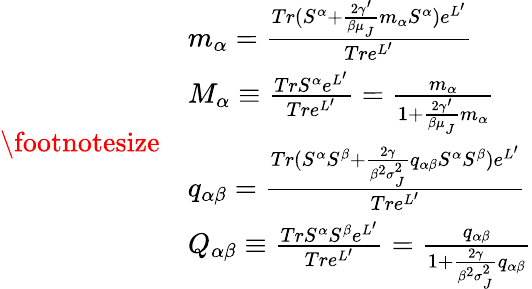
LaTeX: {\footnotesize\begin{array}{rl}&{m_{\alpha}=\frac{Tr(S^{\alpha}+\frac{2\gamma^{\prime}}{\beta\mu_{_{J}}}m_{\alpha}S^{\alpha})e^{L^{\prime}}}{Tre^{L^{\prime}}}}\\ &{M_{\alpha}\equiv\frac{TrS^{\alpha}e^{L^{\prime}}}{Tre^{L^{\prime}}}=\frac{m_{\alpha}}{1+\frac{2\gamma^{\prime}}{\beta\mu_{_{J}}}m_{\alpha}}}\\ &{q_{\alpha\beta}=\frac{Tr(S^{\alpha}S^{\beta}+\frac{2\gamma}{\beta^{2}\sigma_{_{J}}^{2}}q_{\alpha\beta}S^{\alpha}S^{\beta})e^{L^{\prime}}}{Tre^{L^{\prime}}}}\\ &{Q_{\alpha\beta}\equiv\frac{TrS^{\alpha}S^{\beta}e^{L^{\prime}}}{Tre^{L^{\prime}}}=\frac{q_{\alpha\beta}}{1+\frac{2\gamma}{\beta^{2}\sigma_{_{J}}^{2}}q_{\alpha\beta}}}\end{array}}